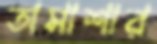
তামাশার